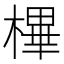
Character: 㮿